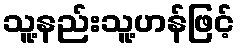
သူ့နည်းသူ့ဟန်ဖြင့်